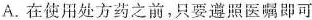
A.在使用处方药之前，只要遵照医嘱即可